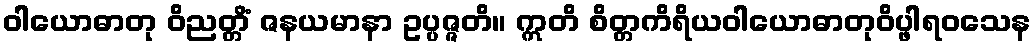
ဝါယောဓာတု ဝိညတ္တိံ ဇနယမာနာ ဥပ္ပဇ္ဇတိ။ ဣတိ စိတ္တကိရိယဝါယောဓာတုဝိပ္ဖါရဝသေန